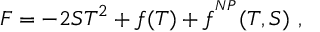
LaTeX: { F } = - 2 S T ^ { 2 } + f ( T ) + f ^ { ^ { N P } } ( T , S ) \ ,